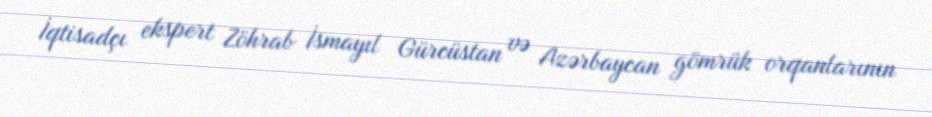
İqtisadçı ekspert Zöhrab İsmayıl Gürcüstan və Azərbaycan gömrük orqanlarının